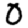
Digit: 0